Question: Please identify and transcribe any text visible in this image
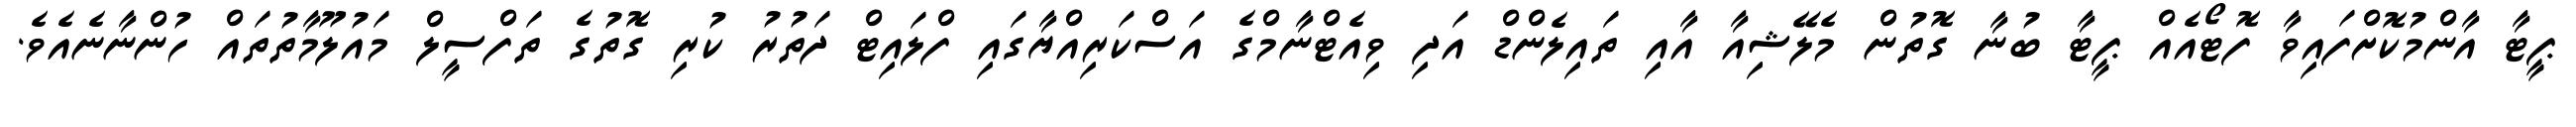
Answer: ޕީޓާ އާންމުކޮށްފައިވާ ފޮޓޯއެއް ޕީޓާ ބުނާ ގޮތުން މެލޭޝިއާ އާއި ތައިލެންޑް އަދި ވިއެޓްނާމްގެ އަސްކަރިއްޔާގައި ފްލައިޓް ދަތުރު ކުރި ގޮތުގެ ތަފްސީލް މައުލޫމާތުތައް ހުންނާނެއެވެ.